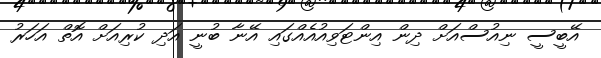
އޭބީސީ ނިއުސްއަށް ދިން އިންޓަވިއުއެއްގައި އޭނާ ބުނީ އަދި ކުރިއަށް އޮތް އަހަރު